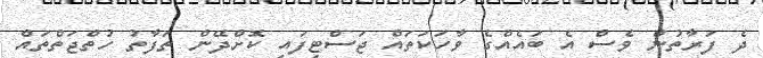
ދެ ފަރާތުން ވެސް އެ ބައެއްގެ ވާހަކަތައް ޖަސްޓިފައި ކޮށްދޭން ތަފާތު ހުތްޖަތްތައް